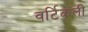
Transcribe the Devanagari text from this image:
वर्टिकली